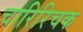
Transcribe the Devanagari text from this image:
चारिरिचक